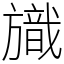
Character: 旘